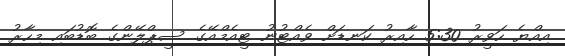
އިއްޔެ ހަވީރު 5:30 ހާއިރު ކަނޑަށް ވެއްޓުނު ޓީއެމްއޭގެ ސީޕްލޭންގެ ބޮޑުބައި މިހާރު